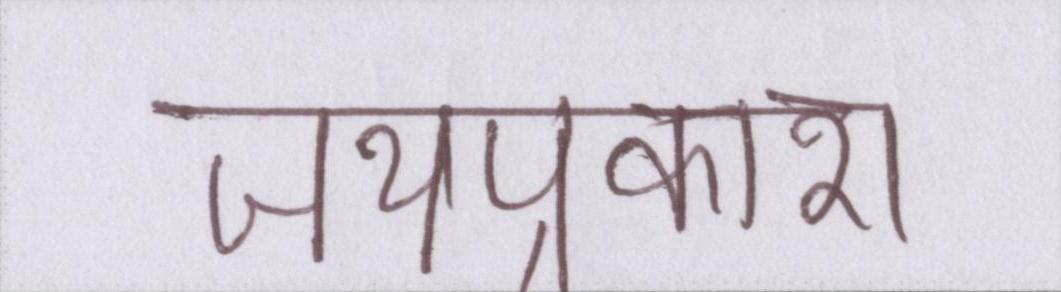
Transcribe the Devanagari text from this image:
जयप्रकाश